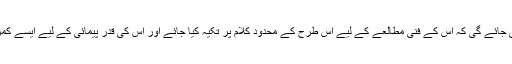
پھر یہ بات عطا شاد کے باب میں کہاں مناسب سمجھی جائے گی کہ اس کے فنی مطالعے کے لیے اس طرح کے محدود کلام پر تکیہ کیا جائے اور اس کی قدر پیمائی کے لیے ایسے کمزور نکات کی بنیاد پر تنقید کی عمارت قائم کی جائے۔